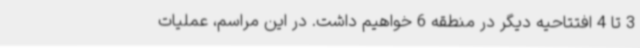
3 تا 4 افتتاحیه دیگر در منطقه 6 خواهیم داشت. در این مراسم، عملیات